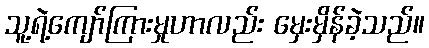
သူ့ရဲ့ကျော်ကြားမှုဟာလည်း မှေးမှိန်ခဲ့သည်။